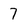
Character: 7